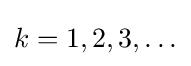
k=1,2,3,\ldots